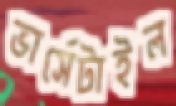
ভার্সেটাইল